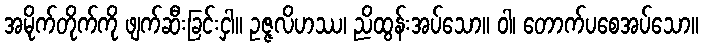
အမိုက်တိုက်ကို ဖျက်ဆီးခြင်းငှါ။ ဥဇ္ဇလိဟဿ၊ ညိထွန်းအပ်သော။ ဝါ၊ တောက်ပစေအပ်သော။